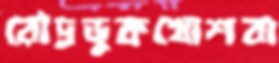
রৌদ্রভুকখোশবা